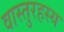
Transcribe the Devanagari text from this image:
वास्तुरहस्य